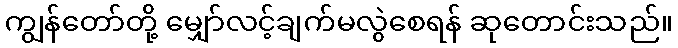
ကျွန်တော်တို့ မျှော်လင့်ချက်မလွဲစေရန် ဆုတောင်းသည်။